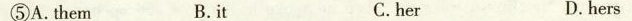
⑤A.Them B.it C.her D. hers